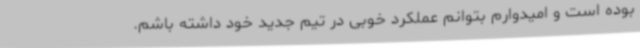
بوده است و امیدوارم بتوانم عملکرد خوبی در تیم جدید خود داشته باشم.